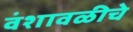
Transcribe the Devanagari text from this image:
वंशावळीचे